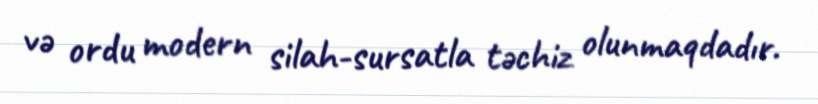
və ordu modern silah-sursatla təchiz olunmaqdadır.